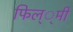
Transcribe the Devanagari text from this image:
फिल््मी